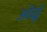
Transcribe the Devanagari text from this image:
ओळूँ